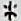
*